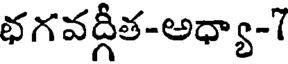
భగవద్గీత-అధ్యా-7